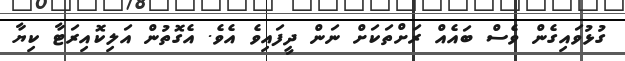
ގުޅުވައިގެން ވެސް ބައެއް ރަށްތަކަށް ނަން ދީފައިވެ އެވެ. އެގޮތުން އަލިކޮއިރަޓާ ކިޔާ